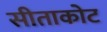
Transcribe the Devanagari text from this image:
सीताकोट